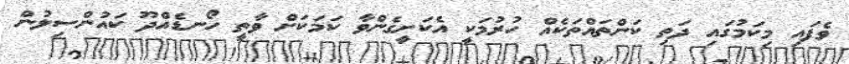
ވެފައި މިކަމުގައި ދަތި ކަންތައްތަކެއް ހުރުމަކީ އެކަށީގެންވާ ކަމަކަށް ވާތީ ހޯނޑެއްދޫ ކައުންސިލުން